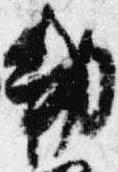
勅